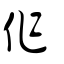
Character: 作